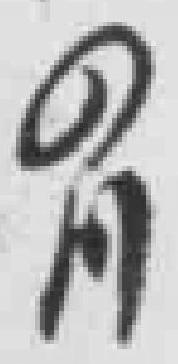
四川